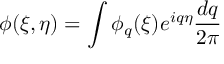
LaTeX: \phi ( \xi , \eta ) = \int \phi _ { q } ( \xi ) e ^ { i q \eta } \frac { d q } { 2 \pi }